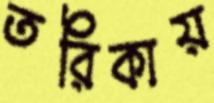
তরিকায়